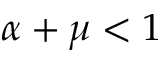
\alpha + \mu < 1